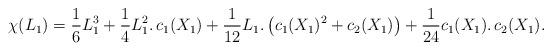
LaTeX: \begin{align*}\chi(L_1) &= \frac 16 L_1^3 + \frac 14 L_1^2.\,c_1(X_1)+ \frac1{12} L_1.\,\big(c_1(X_1)^2 + c_2(X_1)\big) + \frac 1{24}c_1(X_1).\,c_2(X_1).\end{align*}